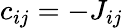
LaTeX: c_{ij}=-J_{ij}